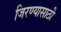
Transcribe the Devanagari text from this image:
जिरण्यासाठी